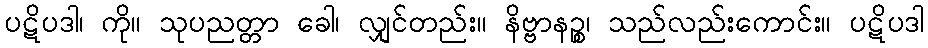
ပဋိပဒါ၊ ကို။ သုပညတ္တာ ခေါ၊ လျှင်တည်း။ နိဗ္ဗာနဉ္စ၊ သည်လည်းကောင်း။ ပဋိပဒါ